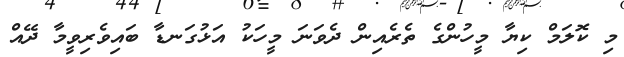
މި ކޮލަމް ކިޔާ މީހުންގެ ތެރެއިން ދެވަނަ މީހަކު އަޅުގަނޑާ ބައިވެރިވީމާ ދޭއް